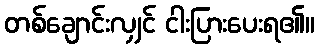
တစ်ချောင်းလျှင် ငါးပြားပေးရ၏။